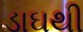
ડાઘથી